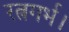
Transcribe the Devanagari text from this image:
रत्नगर्भ।